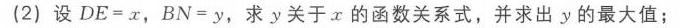
(2) 设\(DE = x\)，\(BN = y\)，求\(y\)关于\(x\)的函数关系式，并求出\(y\)的最大值；